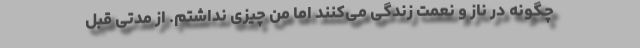
چگونه در ناز و نعمت زندگی می‌کنند اما من چیزی نداشتم. از مدتی قبل